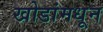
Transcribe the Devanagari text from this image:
खोडांमधून